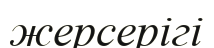
жерсерігі